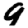
Digit: 9